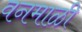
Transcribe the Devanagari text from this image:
वनमाळी